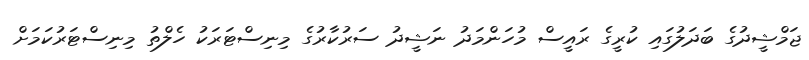
ޖަމްޝީދުގެ ބަދަލުގައި ކުރީގެ ރައީސް މުހަންމަދު ނަޝީދު ސަރުކާރުގެ މިނިސްޓަރަކު ހެލްތު މިނިސްޓަރުކަމަށް